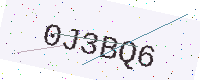
Text: 0J3BQ6